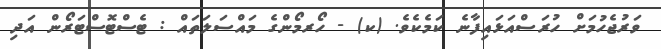
ވަރުޖެހުމަށް ހުރަސްއަޅައިފާނެ ކަމެކެވެ. (ކ) - ހޯރމޯންގެ މައްސަލަތައް : ޓެސްޓޮސްޓަރޯން އަދި